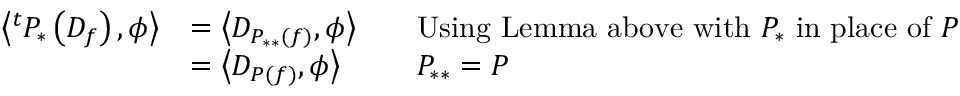
{ \begin{array} { r l r l } { \left\langle ^ { t } P _ { * } \left( D _ { f } \right) , \phi \right\rangle } & { = \left\langle D _ { P _ { * * } ( f ) } , \phi \right\rangle } & & { { \mathrm { U s i n g ~ L e m m a ~ a b o v e ~ w i t h ~ } } P _ { * } { \mathrm { ~ i n ~ p l a c e ~ o f ~ } } P } \\ & { = \left\langle D _ { P ( f ) } , \phi \right\rangle } & & { P _ { * * } = P } \end{array} }